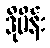
ဒိုမိန်း